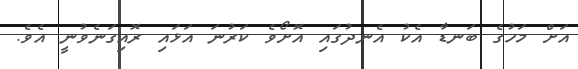
އަށް މަހުގެ ބަނޑާ އެކު އެނދުގައި އޮށޯވެ ކަރުނަ އަޅައި ރޮއިގަނެވުނީ އެވެ.